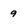
Character: 9